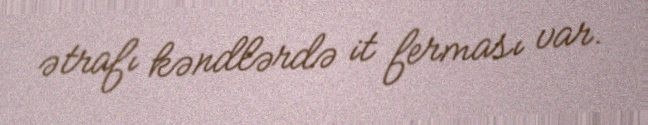
ətrafı kəndlərdə it ferması var.